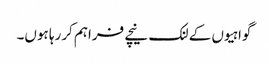
گواہیوں کے لنک نیچے فراہم کررہا ہوں۔